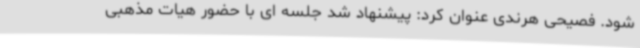
شود. فصیحی هرندی عنوان کرد: پیشنهاد شد جلسه ای با حضور هیات مذهبی